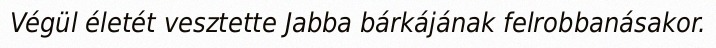
Végül életét vesztette Jabba bárkájának felrobbanásakor.